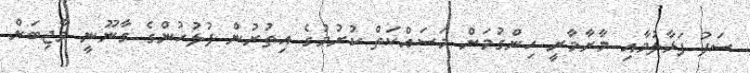
ސަފު ފަޅާލުމާއި މާރާމާރީ ހިންގުމަށް މަސައްކަތް ކުރުމުގެ އިތުރުން ފުލުހުންގެ ގާނޫނީ ވާޖިބަށް